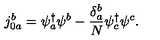
j _ { 0 a } ^ { b } = \psi _ { a } ^ { \dagger } \psi ^ { b } - \frac { \delta _ { a } ^ { b } } { N } \psi _ { c } ^ { \dagger } \psi ^ { c } .